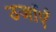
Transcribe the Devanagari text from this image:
उर्जाएँ